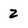
Character: 2